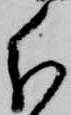
分